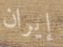
إيران